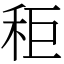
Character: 秬